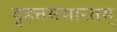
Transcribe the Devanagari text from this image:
वृहत्तमभारतम्